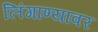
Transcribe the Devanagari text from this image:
लिंगाण्यावर